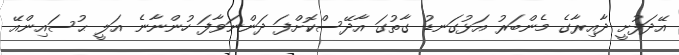
އޭދަފުށީ ދާއިރާގެ މެންބަރު އަޅުގަނޑު ގާތުގަ އާދޭސްކޮށްފަ ދަންނަވާފަ ހުންނާނެ އަލީ ޙުސައިންއޭ